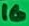
Text: 16